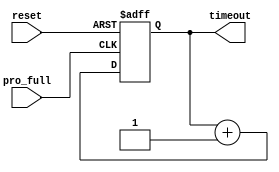
module time_mod(pro_full,timeout,reset);
input pro_full;
input reset;
output [6:0]timeout;

wire pro_full;
wire reset;
reg [6:0]timeout;

always@(posedge pro_full or posedge reset)
	begin
		if(reset)
			timeout<=7'b0;
		else
			timeout<=timeout+7'b0000001;
	end
endmodule